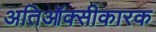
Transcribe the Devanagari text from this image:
अतिऑक्सीकारक